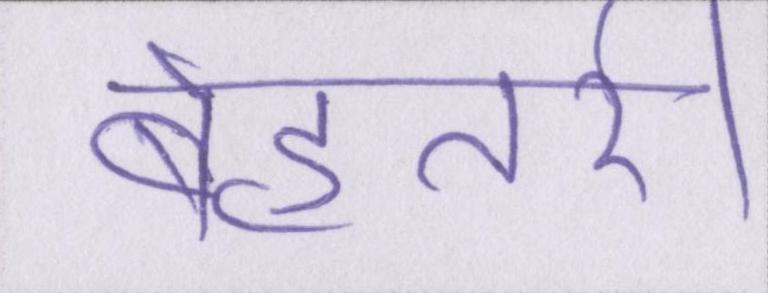
बेहतरी